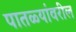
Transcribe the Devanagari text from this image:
पातळ्यांवरील